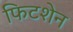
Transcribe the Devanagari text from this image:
फिटशेन